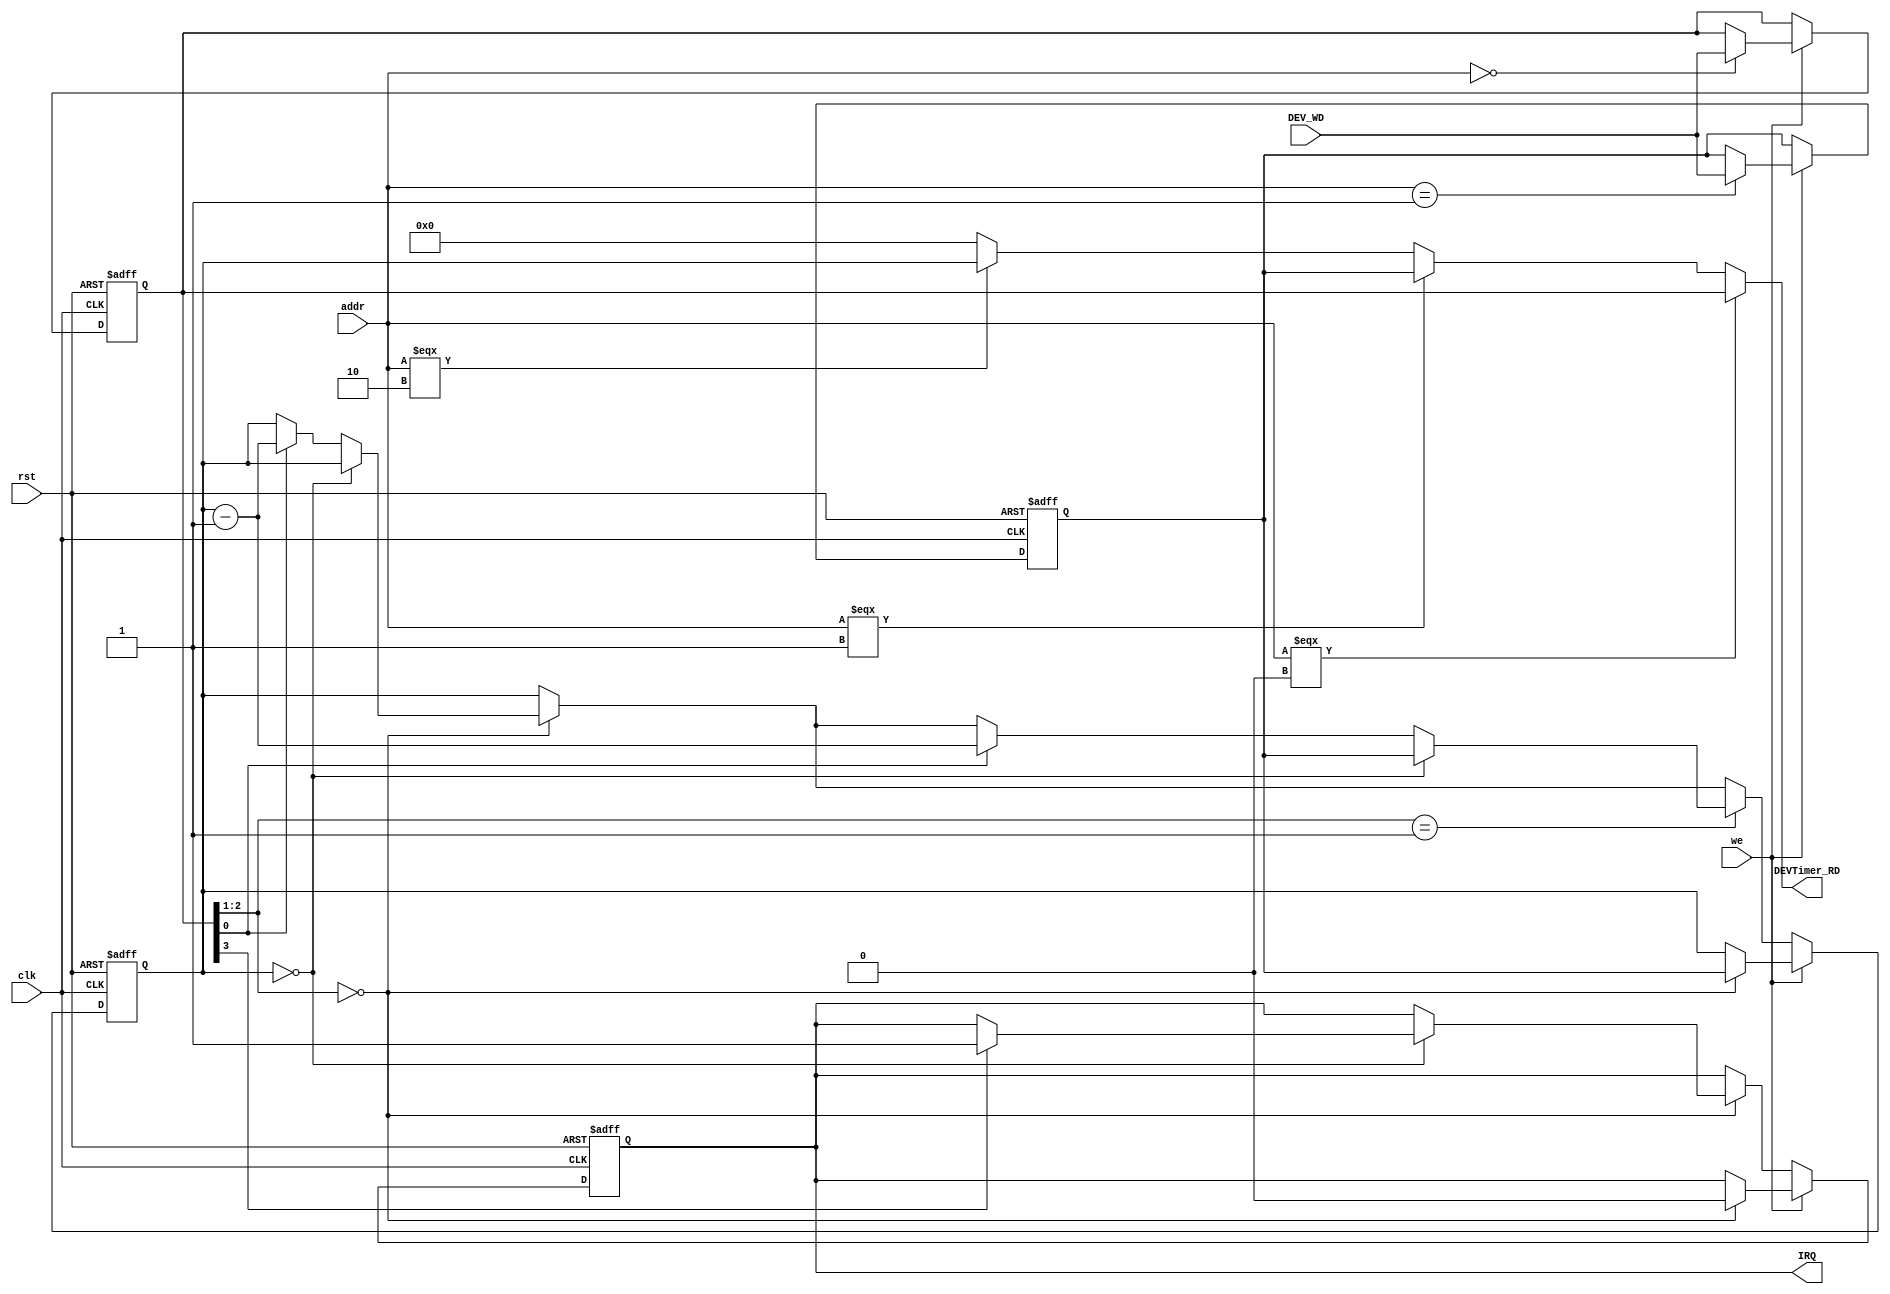
module timer(clk, rst, addr, we, DEV_WD, DEVTimer_RD, IRQ);
    input clk, rst, we;
    input [3:2] addr;
    input [31:0] DEV_WD;
    output [31:0] DEVTimer_RD;
    output reg IRQ;

    reg [31:0] ctrl, preset, count;
    wire IM = ctrl[3];              //1 allow interrupt
    wire [2:1] mode = ctrl[2:1];
    wire enable = ctrl[0];

    assign DEVTimer_RD = (addr === 2'b00) ? ctrl :
                         (addr === 2'b01) ? preset :
                         (addr === 2'b10) ? count : 32'b0;

    always @(posedge clk or posedge rst) begin
        if (rst) begin
            ctrl <= 32'b0;
            preset <= 32'b0;
            count <= 32'b0;
            IRQ <= 0;
        end
        else if (we) begin
            case (addr)
                2'd0 : ctrl <= DEV_WD;
                2'd1 : preset <= DEV_WD;
            endcase
            if (mode == 0) begin
                count <= preset;
                IRQ <= 0;
            end
        end
        else begin
            if (mode == 0) begin
                if (count == 0) begin
                    if (IM)
                        IRQ <= 1;
                end
                else if(enable)
                    count <= count - 1;
            end
            if (mode == 1) begin
                if (count == 0) begin
                    count <= preset;
                end
                else if(enable)
                    count <= count - 1;
            end
        end
    end
    
    initial begin
        ctrl <= 32'b0;
        preset <= 32'b0;
        count <= 32'b0;
        IRQ <= 0;
    end
endmodule